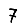
Digit: 7